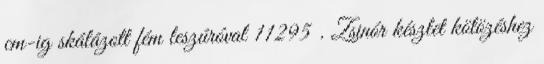
cm-ig skálázott fém leszúróval 11295 . Zsinór készlet kötözéshez